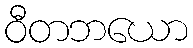
ဝီတဘယော